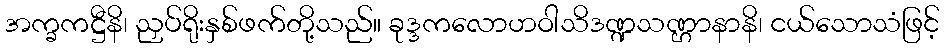
အက္ခကဋ္ဌီနိ၊ ညှပ်ရိုးနှစ်ဖက်တို့သည်။ ခုဒ္ဒကလောဟဝါသိဒဏ္ဍသဏ္ဌာနာနိ၊ ငယ်သောသံဖြင့်